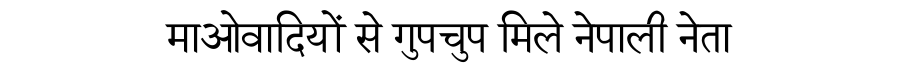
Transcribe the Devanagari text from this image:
माओवादियों से गुपचुप मिले नेपाली नेता